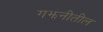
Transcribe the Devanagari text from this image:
गझनीतील